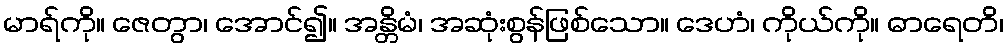
မာရ်ကို။ ဇေတွာ၊ အောင်၍။ အန္တိမံ၊ အဆုံးစွန်ဖြစ်သော။ ဒေဟံ၊ ကိုယ်ကို။ ဓာရေတိ၊